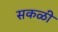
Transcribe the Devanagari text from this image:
सकळी